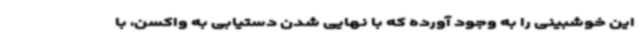
این خوشبینی را به وجود آورده که با نهایی شدن دستیابی به واکسن، با